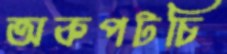
অকপটচি